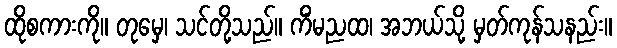
ထိုစကားကို။ တုမှေ၊ သင်တို့သည်။ ကိံမညထ၊ အဘယ်သို့ မှတ်ကုန်သနည်း။